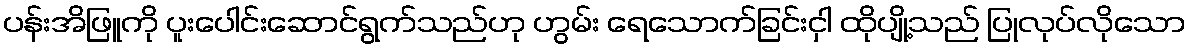
ပန်းအိဖြူကို ပူးပေါင်းဆောင်ရွက်သည်ဟု ဟွမ်း ရေသောက်ခြင်းငှါ ထိုပျို့သည် ပြုလုပ်လိုသော